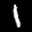
Label: 1